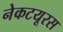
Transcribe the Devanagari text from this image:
नेकटयूरस